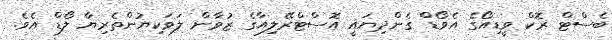
ބެސްޓް ރޮކް ވީޑިއޯގެ އެވޯޑް ގެންދިޔައީ އޮސްޓްރޭލިއާގެ ޒުވާން ލަވަކިޔުންތެރިޔާ ލޯޑް އެވެ.